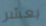
بعشر